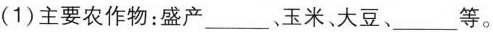
(1)主要农作物：盛产___、玉米。大豆、___等。